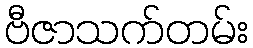
ဗီဇာသက်တမ်း